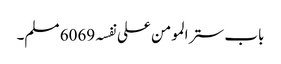
باب ستر المومن علی نفسہ 6069 مسلم۔